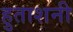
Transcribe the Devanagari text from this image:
हुताशनी